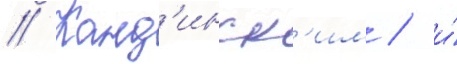
// Канд'инск'им / и́